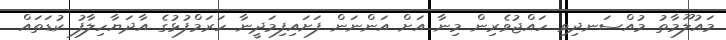
މައުލޫމާތު މުއްސަނދިވި ހައްޖުވެރިން މިނާ އަށް އަންނަން ފަށައިފިމަދީނާ ހަރަމްފުޅުގެ އާދަޔާހިލާފު ކުޑަތައް